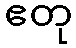
ဧတု